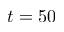
t = 5 0